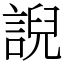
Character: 誽